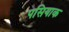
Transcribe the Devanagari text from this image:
पसियाक